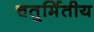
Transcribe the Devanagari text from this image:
चतुर्मितीय